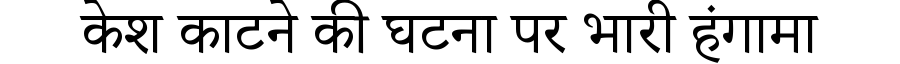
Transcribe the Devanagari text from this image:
केश काटने की घटना पर भारी हंगामा